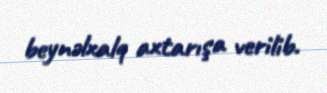
beynəlxalq axtarışa verilib.